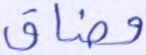
وضاق